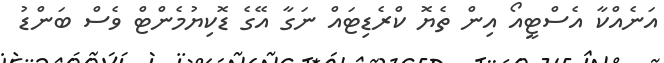
އަނެއްކާ އެސްޓީއޯ އިން ތެޔޮ ކްރެޑިޓައް ނަގާ އޭގެ ޑޮކިޔުމެންޓް ވެސް ބަންޑު